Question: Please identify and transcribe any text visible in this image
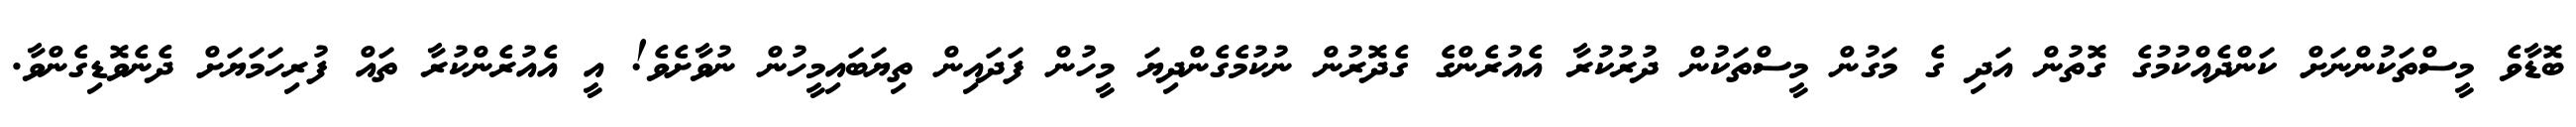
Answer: ބޮޑާވެ މީސްތަކުންނަށް ކަންދެއްކުމުގެ ގޮތުން އަދި ގެ މަގުން މީސްތަކުން ދުރުކުރާ އެއުރެންގެ ގެދޮރުން ނުކުމެގެންދިޔަ މީހުން ފަދައިން ތިޔަބައިމީހުން ނުވާށެވެ! އީ އެއުރެންކުރާ ތައް ފުރިހަމަޔަށް ދެނެވޮޑިގެންވާ.